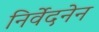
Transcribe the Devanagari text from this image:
निर्वेदनेन